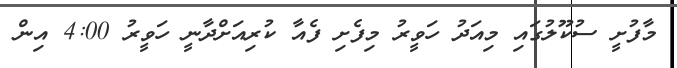
މާފުށީ ސުކޫލުގައި މިއަދު ހަވީރު މިފެށި ފެއާ ކުރިއަށްދާނީ ހަވީރު 4:00 އިން